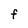
Character: F